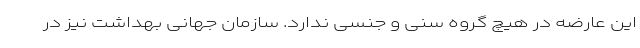
این عارضه در هیچ گروه سنی و جنسی ندارد. سازمان جهانی بهداشت نیز در